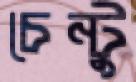
চেন্টু